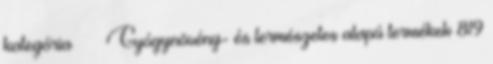
kategória » › Gyógynövény- és természetes alapú termékek 819